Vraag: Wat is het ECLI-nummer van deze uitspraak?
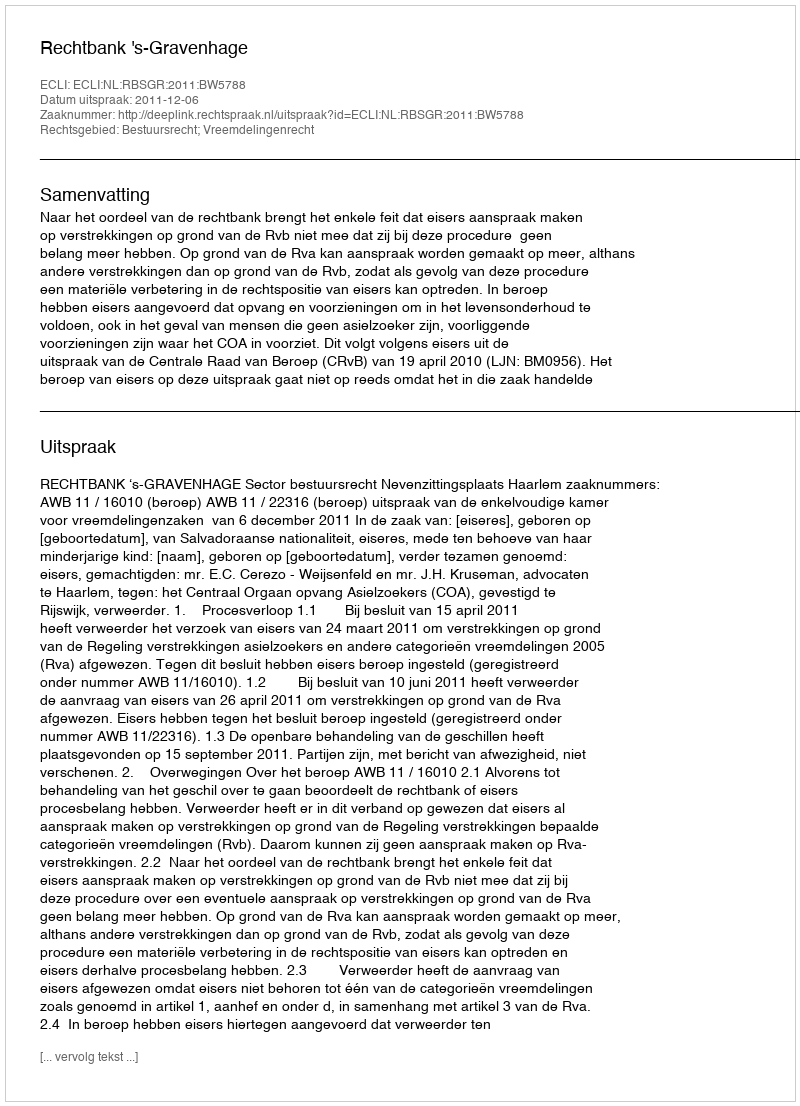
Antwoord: ECLI:NL:RBSGR:2011:BW5788